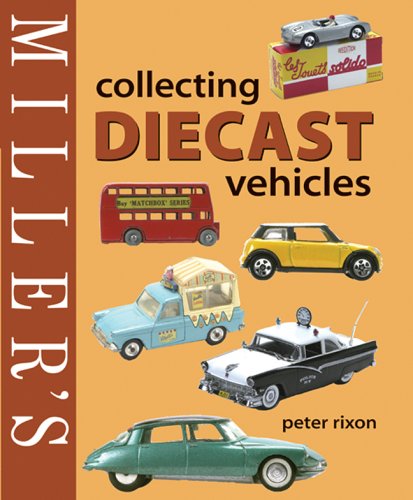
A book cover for Miller's Collecting Diecast Vehicles (Miller's Collector's Guides); Peter Rixon; Crafts, Hobbies & Home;